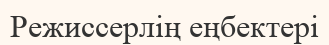
Режиссерлің еңбектері